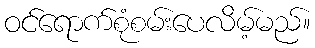
ဝင်ရောက်စုံစမ်းပေလိမ့်မည်။